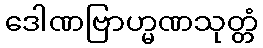
ဒေါဏဗြာဟ္မဏသုတ္တံ